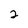
Character: 2